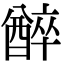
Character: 𨢅